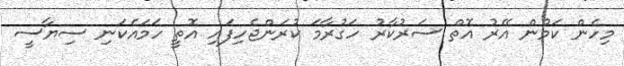
މިހެން ކަމުން އޭރު އޮތް ސަރުކާރު ހަގުރާމަ ކުރަންޖެހިފައި އޮތީ ހަމައެކަނި ސިޔާސީ